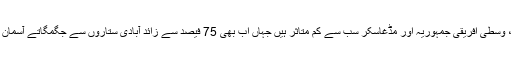
اس حوالے سے چاڈ، وسطی افریقی جمہوریہ اور مڈغاسکر سب سے کم متاثر ہیں جہاں اب بھی 75 فیصد سے زائد آبادی ستاروں سے جگمگاتے آسمان کا نظارہ کرتی ہے۔